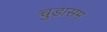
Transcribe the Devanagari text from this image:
चुडासम